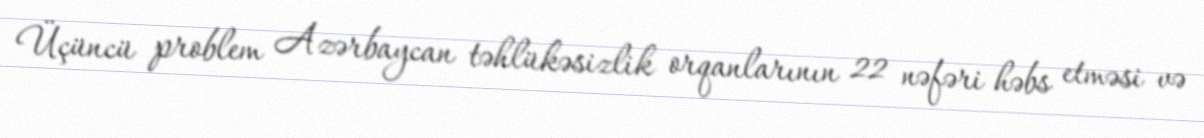
Üçüncü problem Azərbaycan təhlükəsizlik orqanlarının 22 nəfəri həbs etməsi və